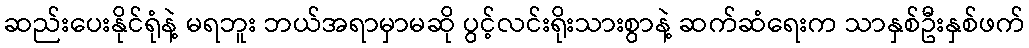
ဆည်းပေးနိုင်ရုံနဲ့ မရဘူး ဘယ်အရာမှာမဆို ပွင့်လင်းရိုးသားစွာနဲ့ ဆက်ဆံရေးက သာနှစ်ဦးနှစ်ဖက်